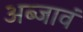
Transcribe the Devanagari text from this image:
अब्जावं